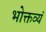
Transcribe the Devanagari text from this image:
भोक्तव्यं